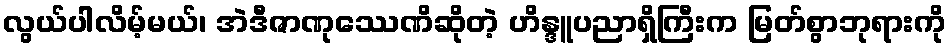
လွယ်ပါလိမ့်မယ်၊ အဲဒီဇာဏုဿေဏိဆိုတဲ့ ဟိန္ဒူပညာရှိကြီးက မြတ်စွာဘုရားကို